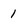
Character: 1